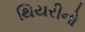
થિયરીનો